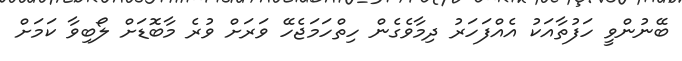
ބޭނުންވީ ހަފުތާއަކު އެއްފަހަރު ދިމާވެގެން ހިތްހަމަޖެހޭ ވަރަށް ވުރެ މާބޮޑަށް ލޯބިވާ ކަމަށް